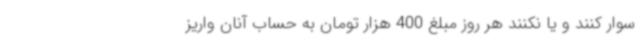
سوار کنند و یا نکنند هر روز مبلغ 400 هزار تومان به حساب آنان واریز